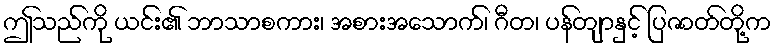
ဤသည်ကို ယင်း၏ ဘာသာစကား၊ အစားအသောက်၊ ဂီတ၊ ပန်တျာနှင့် ပြဇာတ်တို့က